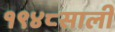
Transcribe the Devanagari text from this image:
१९४८साली